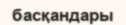
басқандары